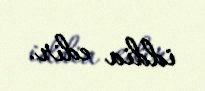
iddia edir.